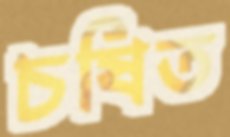
চষিত